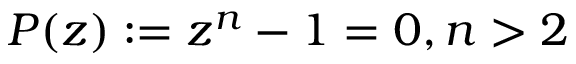
P ( z ) : = z ^ { n } - 1 = 0 , n > 2